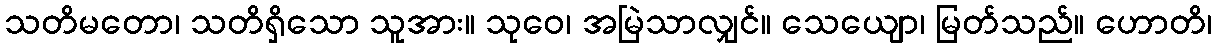
သတိမတော၊ သတိရှိသော သူအား။ သုဝေ၊ အမြဲသာလျှင်။ သေယျော၊ မြတ်သည်။ ဟောတိ၊